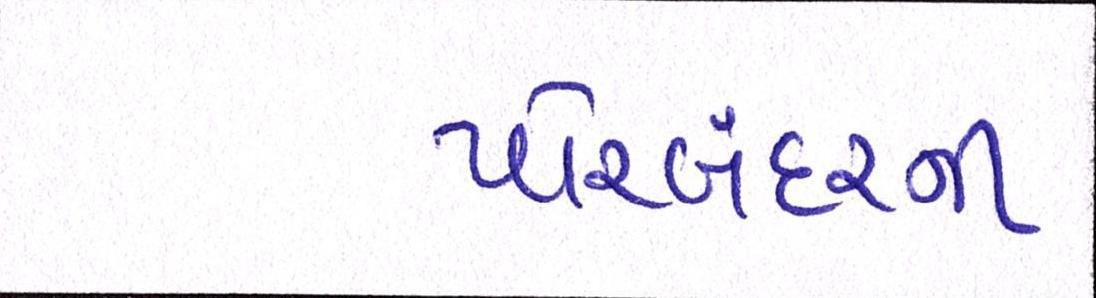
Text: પોરબંદરની